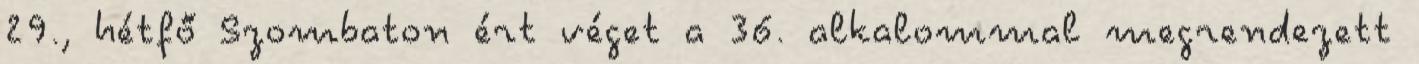
29., hétfő Szombaton ért véget a 36. alkalommal megrendezett